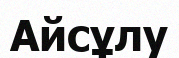
Айсұлу